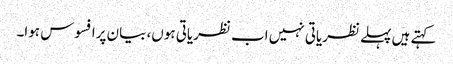
کہتے ہیں پہلے نظریاتی نہیں اب نظریاتی ہوں، بیان پرافسوس ہوا۔